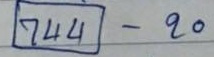
(744) - 20